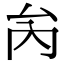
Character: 𠫣